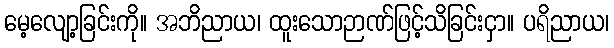
မေ့လျော့ခြင်းကို။ အဘိညာယ၊ ထူးသောဉာဏ်ဖြင့်သိခြင်းငှာ။ ပရိညာယ၊